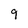
Character: 9